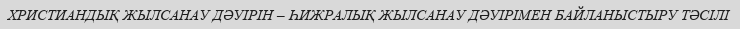
ХРИСТИАНДЫҚ ЖЫЛСАНАУ ДӘУІРІН – ҺИЖРАЛЫҚ ЖЫЛСАНАУ ДӘУІРІМЕН БАЙЛАНЫСТЫРУ ТӘСІЛІ